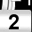
Digit: 2